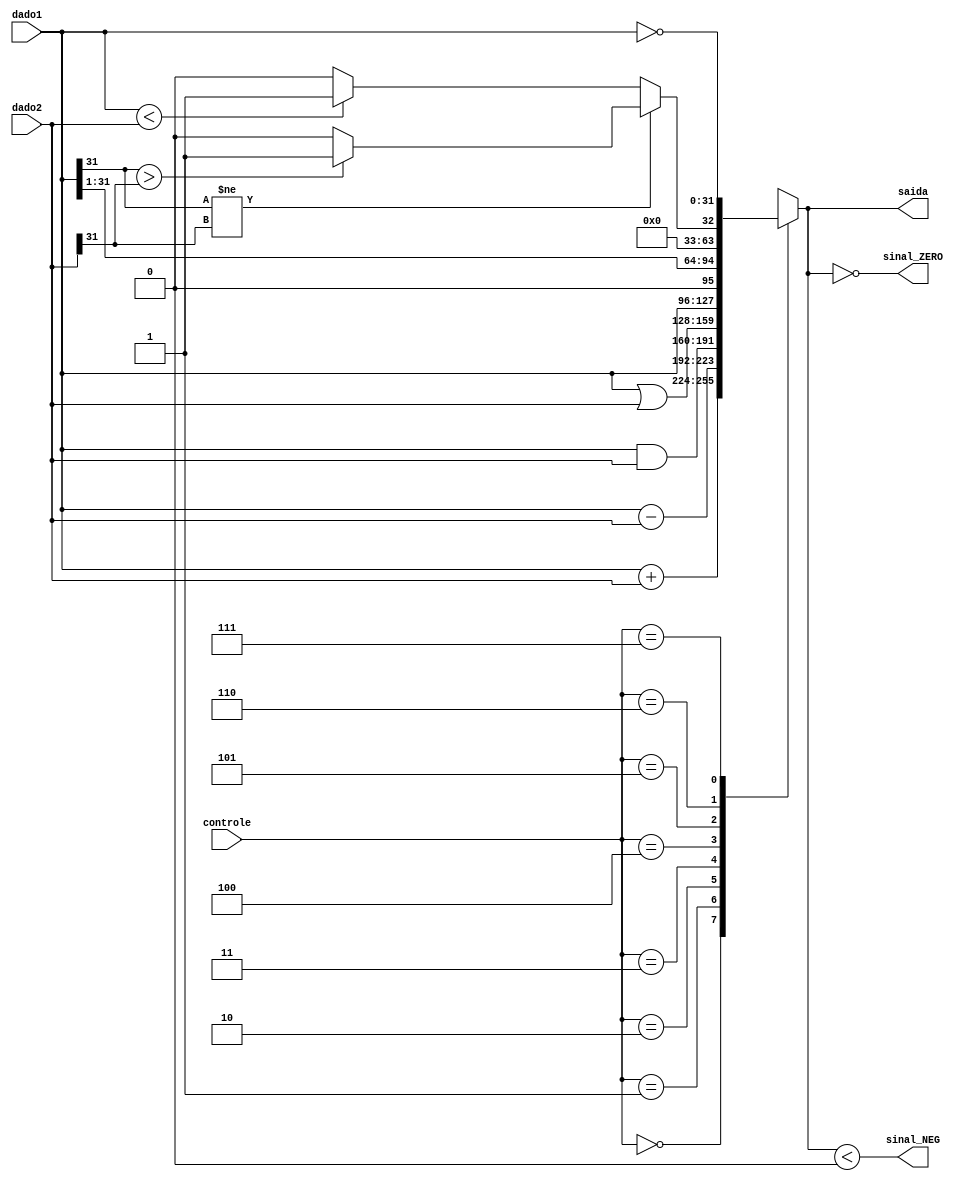
module ALU (dado1, dado2, saida, controle /*ALU Control*/, sinal_ZERO, sinal_NEG);

	// input
	input [31:0] dado1;
	input [31:0] dado2;
	input [2:0] controle;
	
	// output
	output reg [31:0] saida;
	output sinal_ZERO, sinal_NEG;
	
	always @ (controle or dado1 or dado2) begin 
		
		case(controle[2:0])
			
			3'b000: saida = dado1 + dado2;	// ADD
			3'b001: saida = dado1 - dado2;	// SUB
			3'b010: saida = dado1 & dado2;  	// AND
			3'b011: saida = dado1 | dado2;	// OR 
			3'b100: saida = dado1; 		// MOV
			3'b101: saida = dado1 >> 1;		// SHIFT RIGHT 1
			3'b110: begin 							// SET LESS THAN
				if (dado1[31] != dado2[31]) begin
					if (dado1[31] > dado2[31]) begin
						saida = 1;
					end 
					else begin
						saida = 0;
					end
				end 
				else begin
					if (dado1 < dado2) begin
						saida = 1;
					end
					else begin
						saida = 0;
					end
				end
			end
			3'b111: saida = ~dado1;				// NOT
		endcase
	end
	
	assign sinal_ZERO = (saida == 0);
	assign sinal_NEG = (($signed(saida) < 0));
endmodule